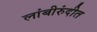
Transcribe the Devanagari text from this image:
लांबीरुंदीत